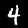
Label: 4